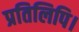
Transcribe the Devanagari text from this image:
प्रतिलिपि।